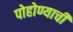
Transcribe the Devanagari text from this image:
पोहोण्याची